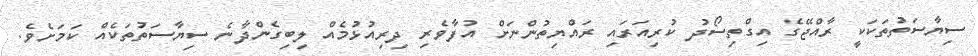
ސިޔާސަތުތަކަކީ ރާއްޖޭގެ އިގްތިސޯދު ކުރިއަރައި ރައްޔިތުންނަށް އުފާވެރި ދިރިއުޅުމެއް ލިބިގެންދާނެ ސިޔާސަތުތަކެއް ކަމަށެވެ.